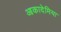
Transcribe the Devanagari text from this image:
आकादेमिया